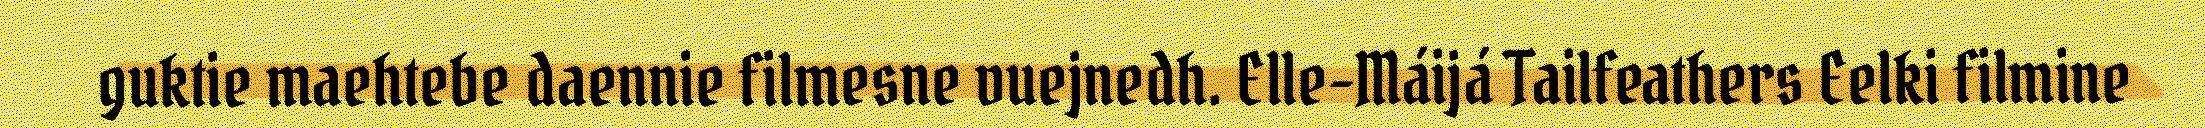
guktie maehtebe daennie filmesne vuejnedh. Elle-Máijá Tailfeathers Eelki filmine